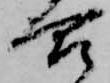
合